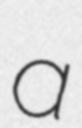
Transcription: a